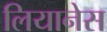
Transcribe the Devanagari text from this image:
लियानेस